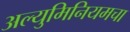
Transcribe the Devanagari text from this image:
अल्युमिनियमचा